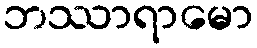
ဘဿာရာမော